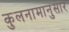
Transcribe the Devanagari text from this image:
कुलनामानुसार